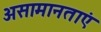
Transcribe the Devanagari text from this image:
असामानताएं